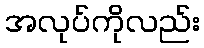
အလုပ်ကိုလည်း